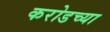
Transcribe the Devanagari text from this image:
करोडच्या